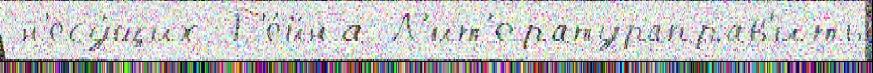
 н'есу́щих Р'е́йна Л'ит'ератураправ'ить